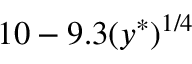
1 0 - 9 . 3 ( y ^ { \ast } ) ^ { 1 / 4 }